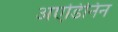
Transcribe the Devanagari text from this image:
अएडिनिन